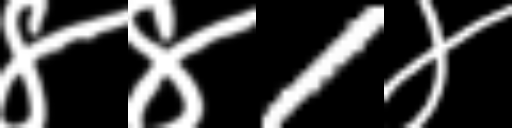
Text: ४४1४